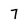
Character: 7